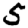
Digit: 5